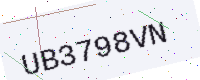
Text: UB3798VN